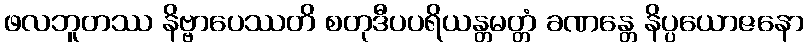
ဖလဘူတဿ နိဗ္ဗာပေဿတိ စတုဒီပပရိယန္တမတ္တံ ခဏန္တေ နိပ္ပယောဇနော